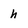
Character: h